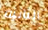
الثانيه